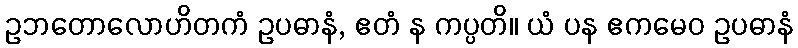
ဥဘတောလောဟိတကံ ဥပဓာနံ, ဧတံ န ကပ္ပတိ။ ယံ ပန ဧကမေဝ ဥပဓာနံ